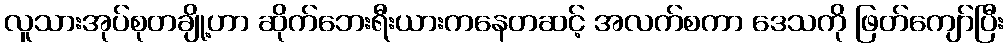
လူသားအုပ်စုတချို့ဟာ ဆိုက်ဘေးရီးယားကနေတဆင့် အလက်စကာ ဒေသကို ဖြတ်ကျော်ပြီး